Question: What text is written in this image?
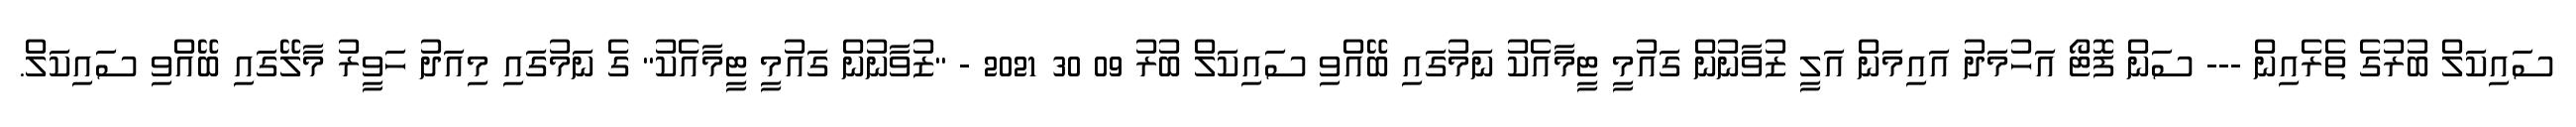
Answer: ސައިކަލް ބުރުގެ ތެރެއިން --- ސަން ފޮޓޯ އަހުމަދު އައިމަން އަލީ ޒުވާނުން ގައުމީ ޓީމާއެކު ނަމުގައި ބޭއްވި ސައިކަލް ބުރު 09 30 2021 - "ޒުވާނުން ގައުމީ ޓީމާއެކު" ގެ ނަމުގައި މިއަދު ހަވީރު މާލޭގައި ބޭއްވި ސައިކަލް.